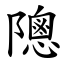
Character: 䧭